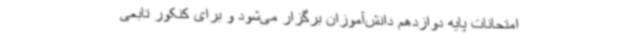
امتحانات پایه دوازدهم دانش‌آموزان برگزار می‌شود و برای کنکور تابعی